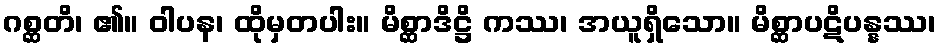
ဂစ္ဆတိ၊ ၏။ ဝါပန၊ ထိုမှတပါး။ မိစ္ဆာဒိဋ္ဌိ ကဿ၊ အယူရှိသော။ မိစ္ဆာပဋိပန္နဿ၊